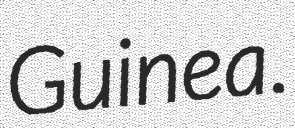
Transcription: Guinea.